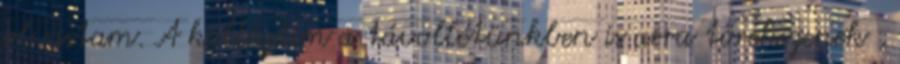
olvastam. A kollégáim a távollétünkben is arra törekszenek ,